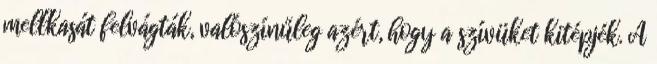
mellkasát felvágták, valószínűleg azért, hogy a szívüket kitépjék. A